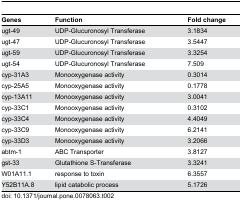
| Genes | Function | Fold change |
 | --- | --- | --- |
 | ugt-49 | UDP-Glucuronosyl Transferase | 3.1834 |
 | ugt-47 | UDP-Glucuronosyl Transferase | 3.5447 |
 | ugt-59 | UDP-Glucuronosyl Transferase | 3.3254 |
 | ugt-54 | UDP-Glucuronosyl Transferase | 7.509 |
 | cyp-31A3 | Monooxygenase activity | 0.3014 |
 | cyp-25A5 | Monooxygenase activity | 0.1778 |
 | cyp-13A11 | Monooxygenase activity | 3.0041 |
 | cyp-33C1 | Monooxygenase activity | 0.3102 |
 | cyp-33C4 | Monooxygenase activity | 4.4049 |
 | cyp-33C9 | Monooxygenase activity | 6.2141 |
 | cyp-33D3 | Monooxygenase activity | 3.2066 |
 | abtm-1 | ABC Transporter | 3.8127 |
 | gst-33 | Glutathione S-Transferase | 3.3241 |
 | W01A11.1 | response to toxin | 6.3557 |
 | Y52B11A.8 | lipid catabolic process | 5.1726 |